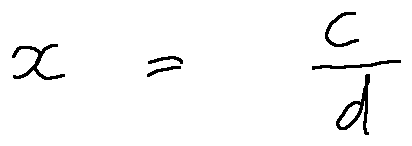
x = \frac { c } { d }